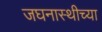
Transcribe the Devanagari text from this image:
जघनास्थीच्या